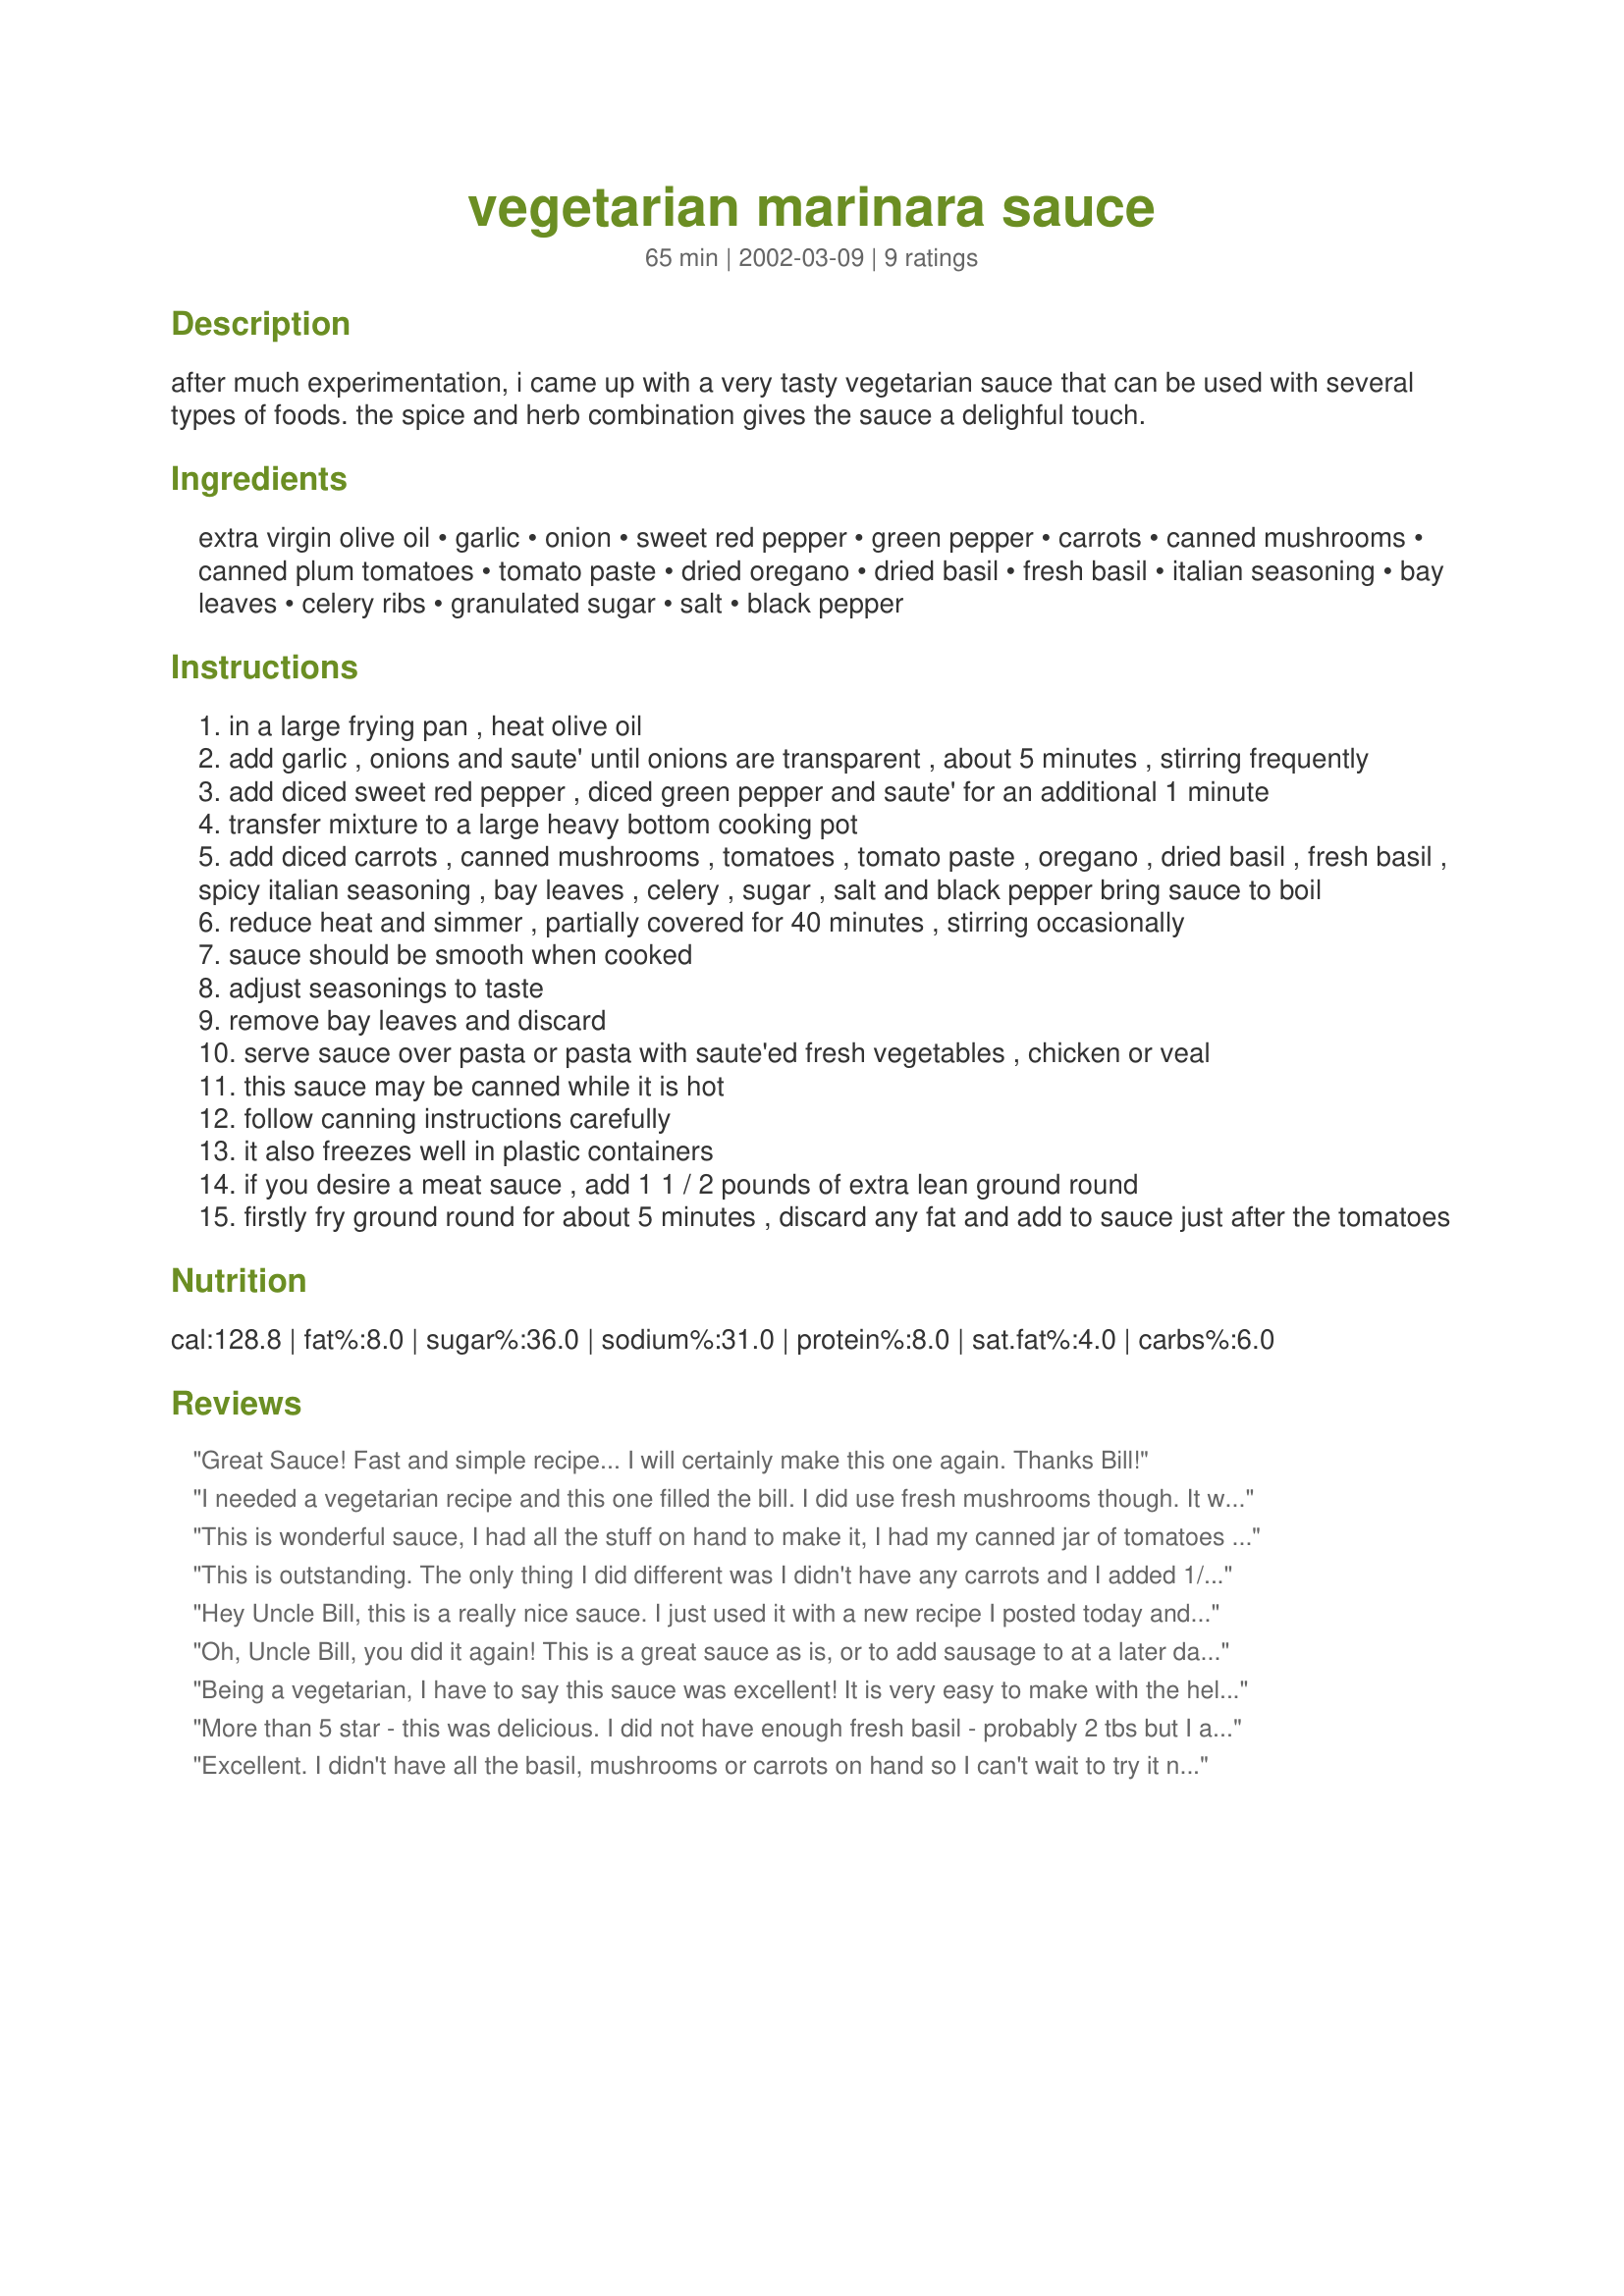
vegetarian marinara sauce
Preparation time: 65 minutes

after much experimentation, i came up with a very tasty vegetarian sauce that can be used with several types of foods. the spice and herb combination gives the sauce a delighful touch.

Ingredients:
extra virgin olive oil, garlic, onion, sweet red pepper, green pepper, carrots, canned mushrooms, canned plum tomatoes, tomato paste, dried oregano, dried basil, fresh basil, italian seasoning, bay leaves, celery ribs, granulated sugar, salt, black pepper

Steps:
in a large frying pan , heat olive oil
add garlic , onions and saute' until onions are transparent , about 5 minutes , stirring frequently
add diced sweet red pepper , diced green pepper and saute' for an additional 1 minute
transfer mixture to a large heavy bottom cooking pot
add diced carrots , canned mushrooms , tomatoes , tomato paste , oregano , dried basil , fresh basil , spicy italian seasoning , bay leaves , celery , sugar , salt and black pepper bring sauce to boil
reduce heat and simmer , partially covered for 40 minutes , stirring occasionally
sauce should be smooth when cooked
adjust seasonings to taste
remove bay leaves and discard
serve sauce over pasta or pasta with saute'ed fresh vegetables , chicken or veal
this sauce may be canned while it is hot
follow canning instructions carefully
it also freezes well in plastic containers
if you desire a meat sauce , add 1 1 / 2 pounds of extra lean ground round
firstly fry ground round for about 5 minutes , discard any fat and add to sauce just after the tomatoes

Reviews:
Great Sauce! Fast and simple recipe... I will certainly make this one again. Thanks Bill!
I needed a vegetarian recipe and this one filled the bill. I did use fresh mushrooms though. It was very good.
This is wonderful sauce, I had all the stuff on hand to make it, I had my canned jar of tomatoes with garlic, and onion in it so I saved myself like three steps. I did not use carrots, but oh it was lip smacking good.. Thanks so much.
This is outstanding. The only thing I did different was I didn't have any carrots and I added 1/2 cup of red wine (just because I like wine in my sauce.) I asked DH to taste it and he couldn't stop eating it. Thanks Uncle Bill for a great recipe.
Hey Uncle Bill, this is a really nice sauce. I just used it with a new recipe I posted today and gave you credit, of course.
Oh, Uncle Bill, you did it again! This is a great sauce as is, or to add sausage to at a later date. It made two big jars of sauce and I can't wait to add the pasta to it. Since there is just the two of us, it will make two good meals. The flavors and spices are just right.
Thanks, Carole in Orlando
Being a vegetarian, I have to say this sauce was excellent! It is very easy to make with the help of my chopper. I had my family over and my Mom and sister really enjoyed this sauce. I will certainly make it again. Served with some crusty bread and a salad, it made a fulfilling meal.

As for wine, I served it with a pink wine that is coded #3.
More than 5 star - this was delicious. I did not have enough fresh basil - probably 2 tbs but I added about 1/4 cup red wine. Really very good.
Excellent. I didn't have all the basil, mushrooms or carrots on hand so I can't wait to try it next time with everything! I did add some chopped turkey pepperoni as well. Thanks for sharing!
